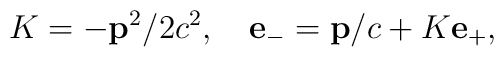
K=-{\bf p}^2/2c^2,\quad  {\bf e}_-={\bf p}/c+K{\bf e}_+,